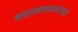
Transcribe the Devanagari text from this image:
बवउचनजमतद्ध